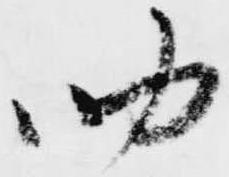
助